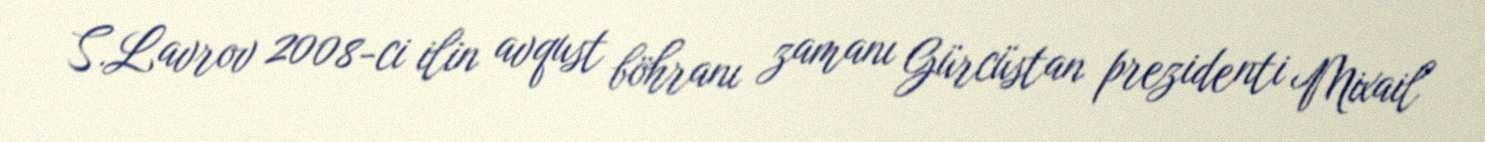
S.Lavrov 2008-ci ilin avqust böhranı zamanı Gürcüstan prezidenti Mixail